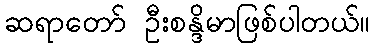
ဆရာတော် ဦးစန္ဒိမာဖြစ်ပါတယ်။